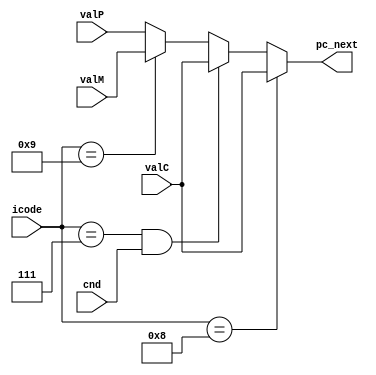
module PC_Update(
    input [3:0] icode,
    input cnd,
    input [63:0] valC, valM, valP,
    output reg[63:0] pc_next
);

    always @(*) begin
        
        if (icode == 8) begin
            pc_next <= valC;
        end
        else if (icode == 7 && cnd == 1) begin
            pc_next <= valC;
        end
        else if (icode == 9) begin
            pc_next <= valM;
        end
        else begin
            pc_next <= valP;
        end
    end

endmodule